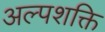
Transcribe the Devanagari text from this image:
अल्पशक्ति